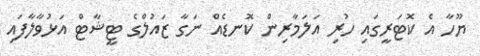
ޔޫހާ އެ ކޮޓަރީގައި ހުރި އަލަމާރިން ކޮނޑެއް ނަގާ ޒައުލްގެ ޓީޝާޓް އަޅުވާލާފައި